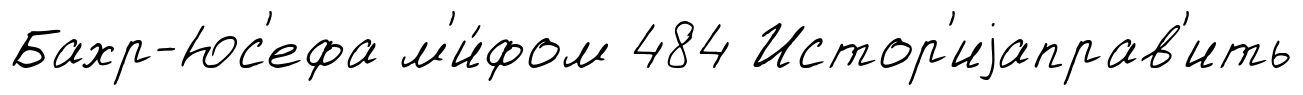
Бахр-Юс'ефа м'и́фом 484 Истор'иjаправ'ить